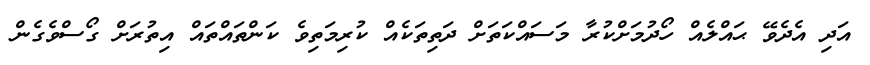
އަދި އެދެވޭ ޙައްލެއް ހޯދުމަށްކުރާ މަސައްކަތަށް ދަތިތަކެއް ކުރިމަތިވެ ކަންތައްތައް އިތުރަށް ގޯސްވެގެން